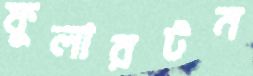
ফুলারটন